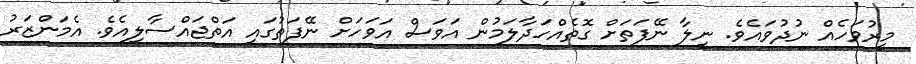
މީރުވަހެއް ނުދުވައެވެ. ނީލާ ނޭފަތަށް ގޮތެއްހަދާލަމުން އަވަސް އަވަހަށް ނޭފަތުގައި އަތްޖައްސާލިއެވެ. އެމަންޒަރު